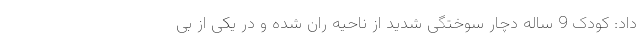
داد: کودک 9 ساله دچار سوختگی شدید از ناحیه ران شده و در یکی از بی